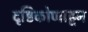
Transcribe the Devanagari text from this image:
दृष्टिकोणाहून